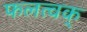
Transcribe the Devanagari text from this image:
फलत्वक्‌